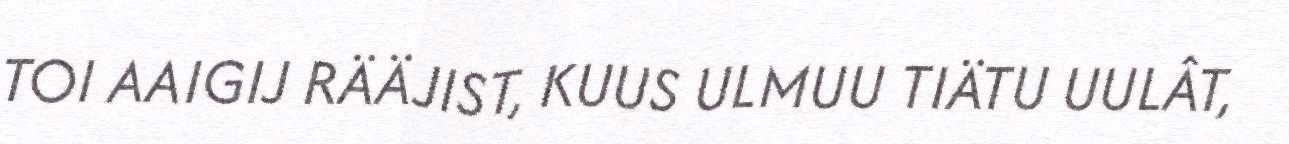
TOI AAIGIJ RÄÄJIST, KUUS ULMUU TIÄTU UULÂT,